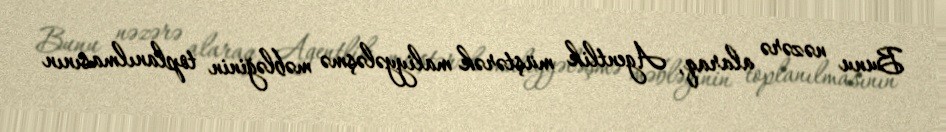
Bunu nəzərə alaraq, Agentlik müştərək maliyyələşmə məbləğinin toplanılmasının